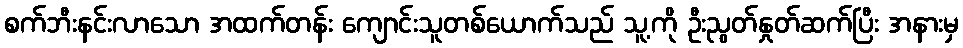
စက်ဘီးနင်းလာသော အထက်တန်း ကျောင်းသူတစ်ယောက်သည် သူ့ကို ဦးညွတ်နှုတ်ဆက်ပြီး အနားမှ